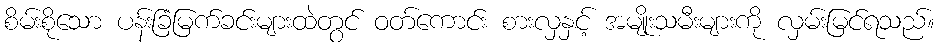
စိမ်းစိုသော ပန်းခြံမြက်ခင်းများထဲတွင် ဝတ်ကောင်း စားလှနှင့် အမျိုးသမီးများကို လှမ်းမြင်ရသည်။